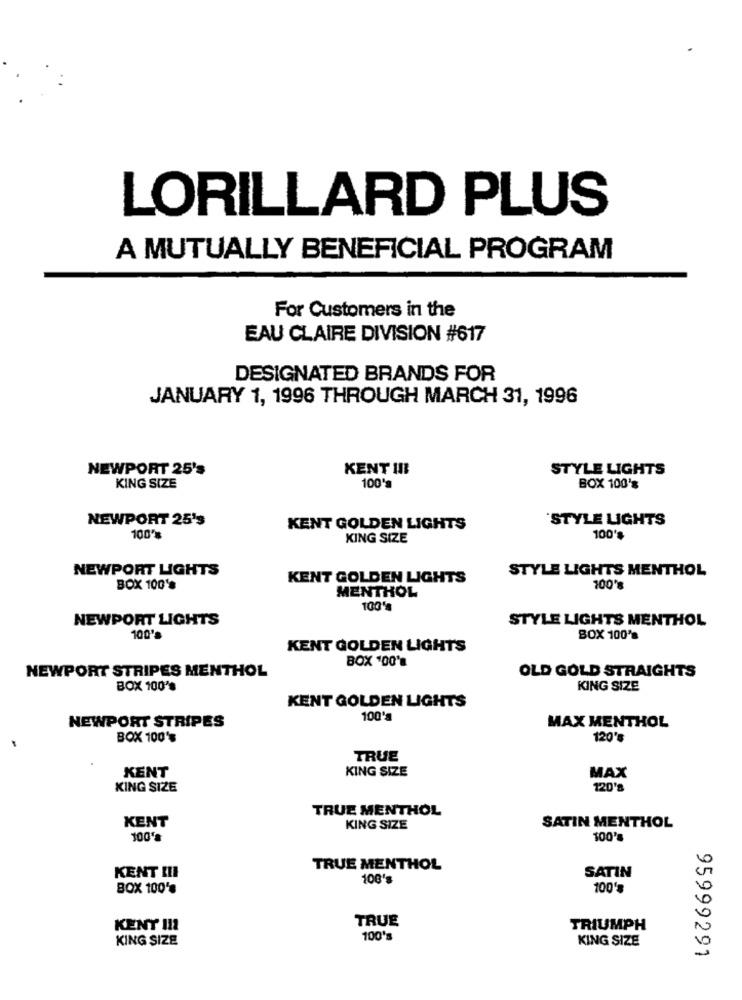
LORILLARD PLUS
A MUTUALLY BENEFICIAL PROGRAM
For Customers in the
EAU CLAIRE DIVISION #617
DESIGNATED BRANDS FOR
JANUARY 1, 1996 THROUGH MARCH 31, 1996
NEWPORT 25's
KENT I !!
STYLE LIGHTS
KING SIZE
100 **
BOX 100's
NEWPORT 25's
`STYLE LIGHTS
KENT GOLDEN LIGHTS
100%
KING SIZE
100'
NEWPORT LIGHTS
STYLE LIGHTS MENTHOL
KENT GOLDEN LIGHTS
BOX 100%
100's
MENTHOL
100's
NEWPORT LIGHTS
STYLE LIGHTS MENTHOL
100's
BOX 100's
KENT GOLDEN LIGHTS
BOX '00'
NEWPORT STRIPES MENTHOL
OLD GOLD STRAIGHTS
BOX 100's
KING SIZE
KENT GOLDEN LIGHTS
100's
NEWPORT STRIPES
MAX MENTHOL
BOX 100'
120'
TRUE
KENT
KING SIZE
MAX
KING SIZE
120's
TRUE MENTHOL
KENT
KING SIZE
SATIN MENTHOL
100's
TRUE MENTHOL
SATIN
KENT III
100's
BOX 100'
100's
TRUE
KENY III
TRIUMPH
KING SIZE
100's
KING SIZE
95999291